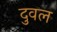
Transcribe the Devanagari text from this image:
दुवल